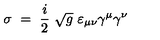
\sigma \ = \ \frac i 2 \ \sqrt { g } \ \varepsilon _ { \mu \nu } \gamma ^ { \mu } \gamma ^ { \nu }